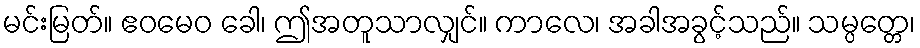
မင်းမြတ်။ ဧဝမေဝ ခေါ၊ ဤအတူသာလျှင်။ ကာလေ၊ အခါအခွင့်သည်။ သမ္ပတ္တေ၊